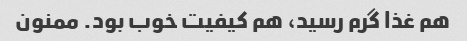
هم غذا گرم رسید، هم کیفیت خوب بود. ممنون